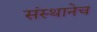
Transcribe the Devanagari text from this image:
संस्थानेच